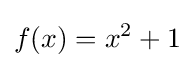
f(x)=x^{2}+1